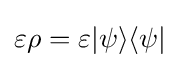
\varepsilon \rho =\varepsilon |\psi \rangle \langle \psi |